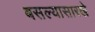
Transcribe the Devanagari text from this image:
बसल्यासारखे